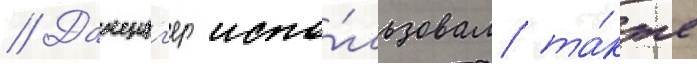
// Данциг'ер испо́льзовал та́кже